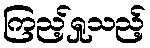
ကြည့်ရှုသည့်